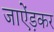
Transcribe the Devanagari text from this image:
जाऐंड़कर